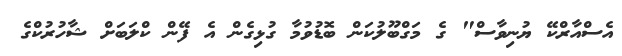
އެސްއާރްކޭ ޔުނިވާސް" ގެ މަގްބޫލުކަން ބޮޑުވުމާ ގުޅިގެން އެ ފޭން ކްލަބަށް ޝާހުރުކްގެ